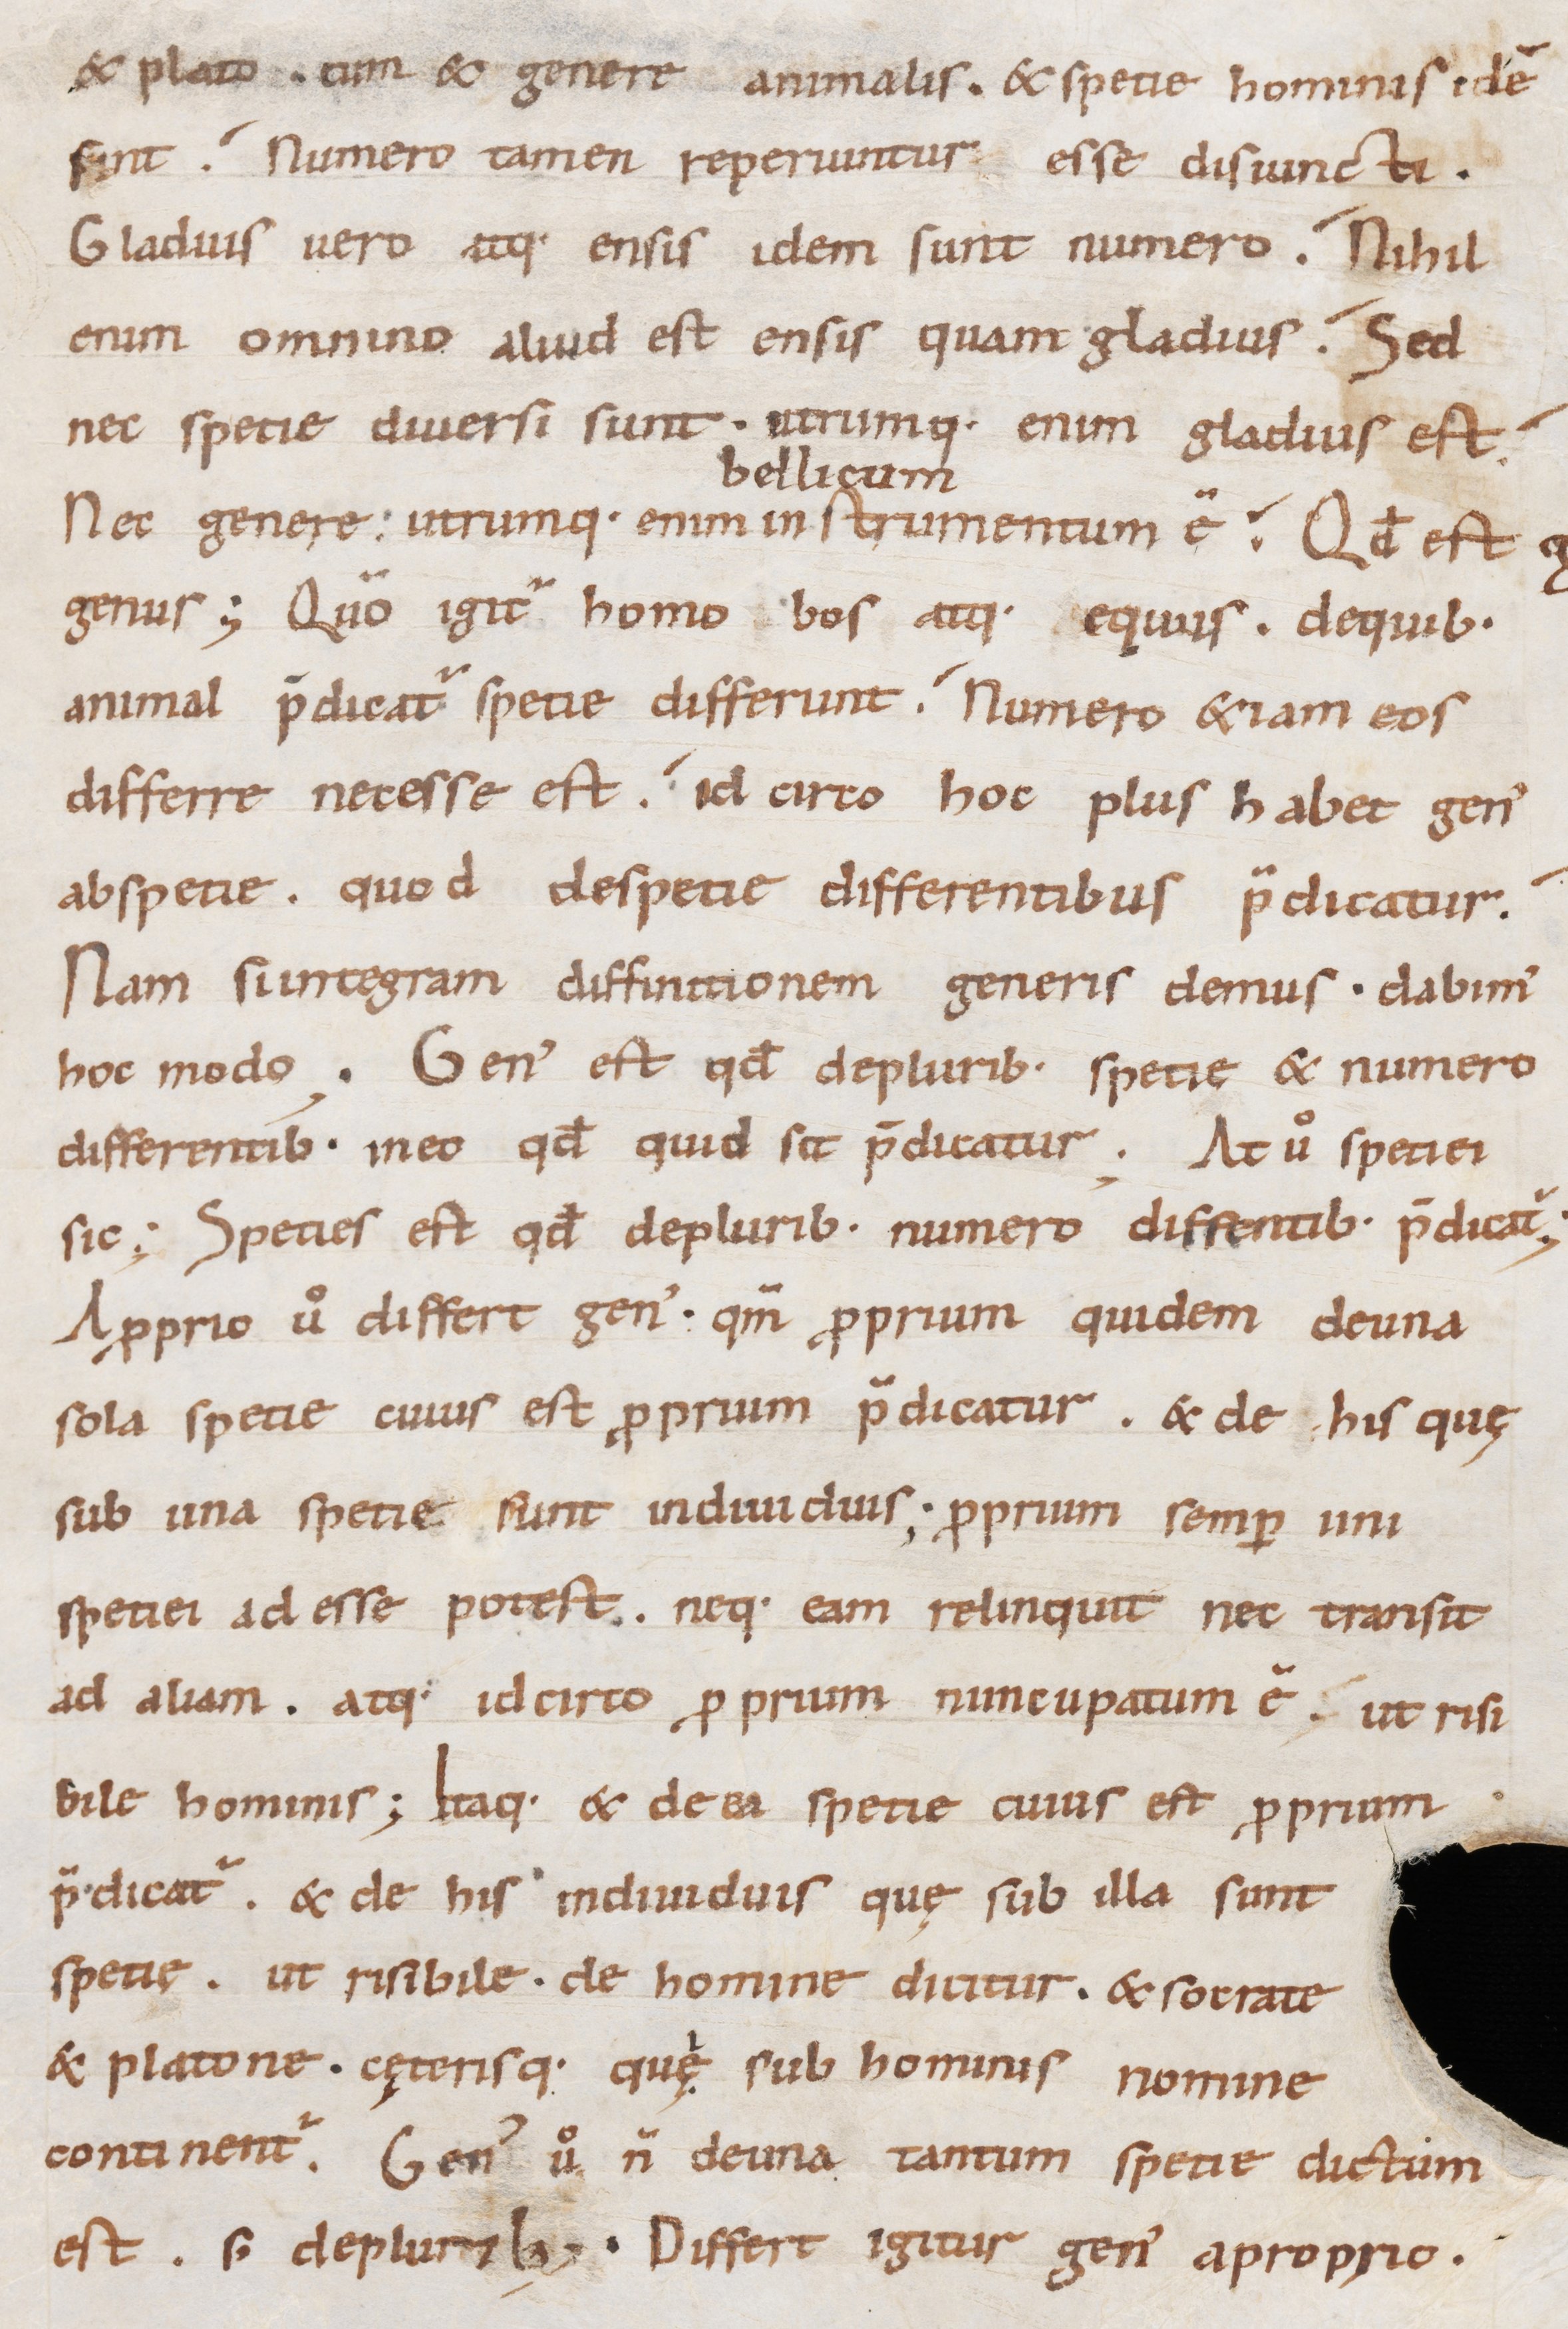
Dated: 900–999